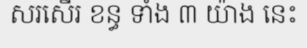
សរសើរ ខន្ធ ទាំង ៣ យ៉ាង នេះ